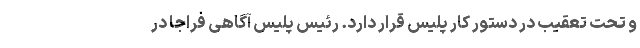
و تحت تعقیب در دستور کار پلیس قرار دارد. رئیس پلیس آگاهی فراجا در